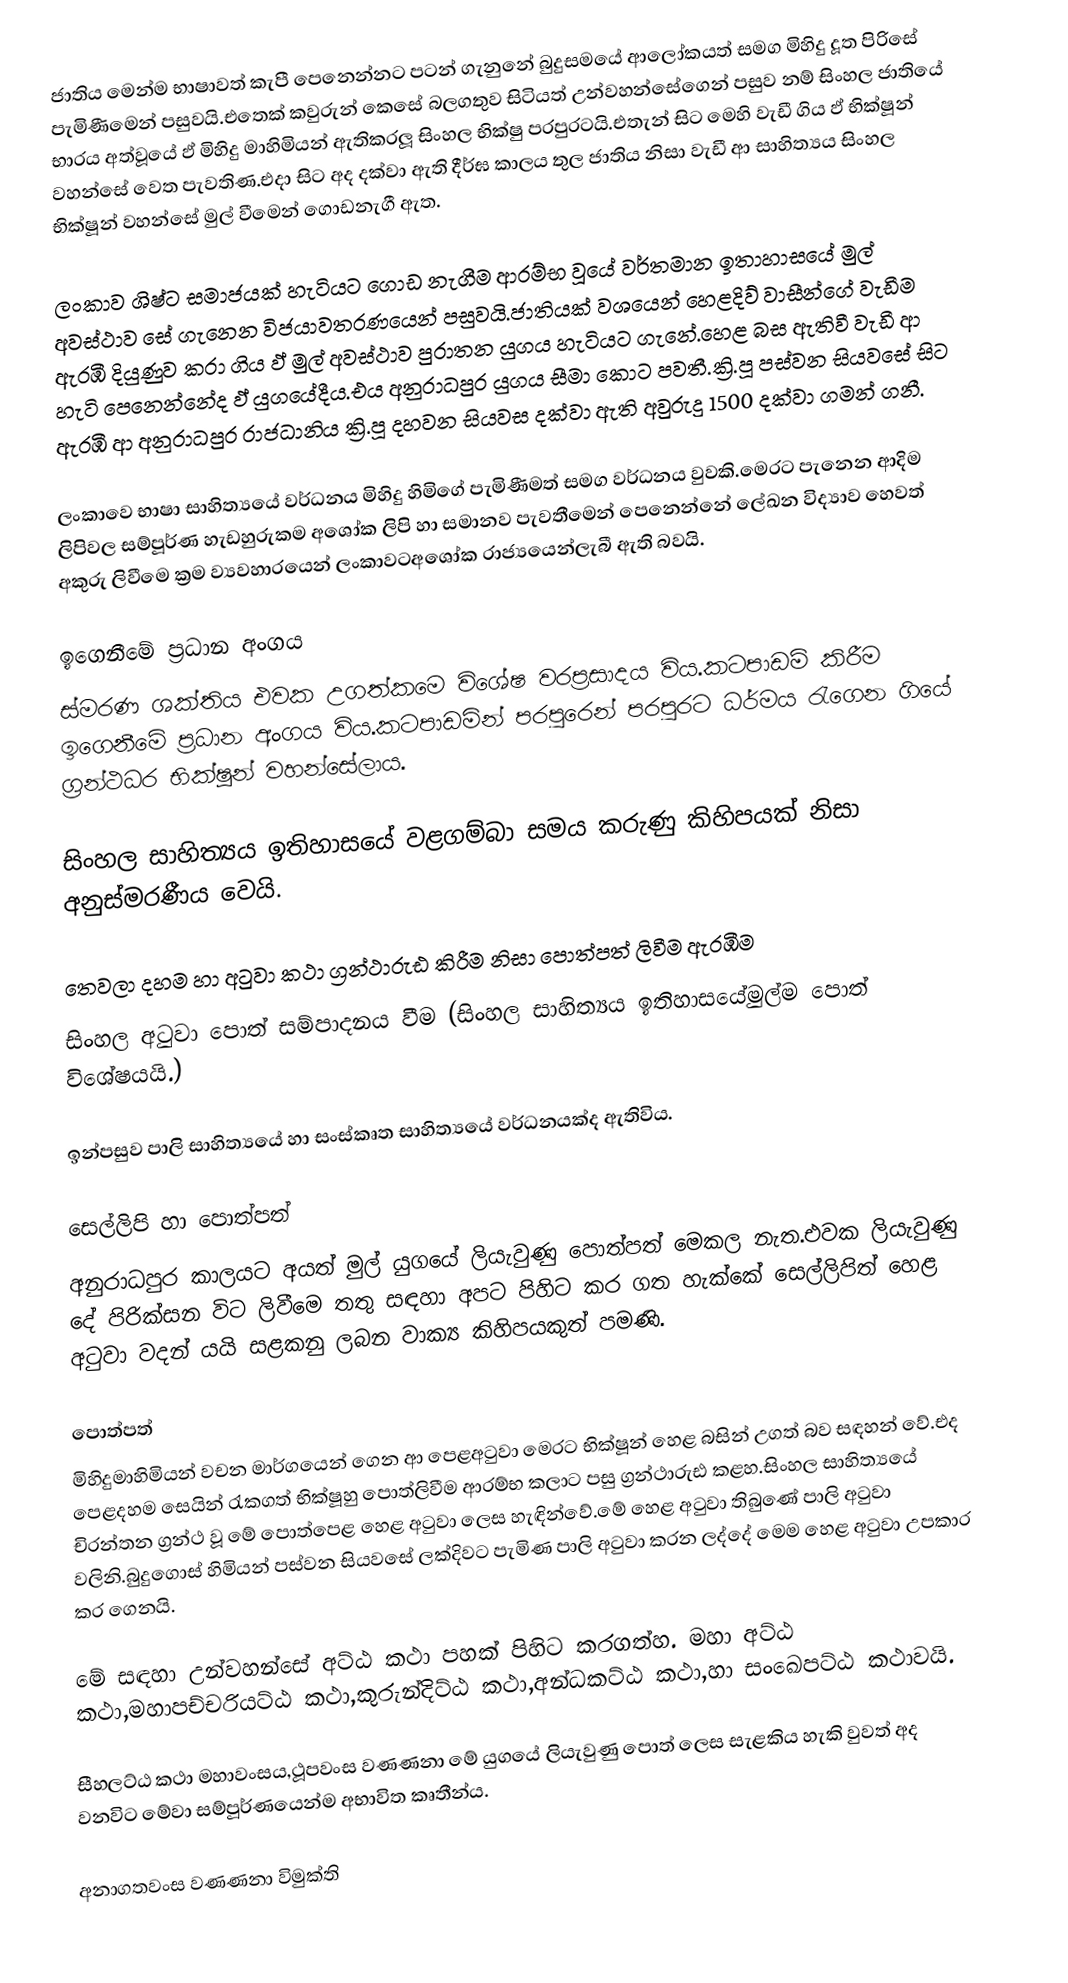
ජාතිය මෙන්ම  භාෂාවත් කැපී ‍පෙනෙන්නට පටන් ගැනුනේ බුදුසමයේ ආලෝකයත් සමග මිහිදු දූත පිරිසේ පැමිණීමෙන් පසුවයි.එ‍තෙක් කවුරුන් කෙසේ බලගතුව සිටියත් උන්වහන්සේගෙන් පසුව නම් සිංහල ජාතියේ භාරය අත්වූයේ ඵ් මිහිදු මාහිමියන් ඇතිකරලූ සිංහල භික්ෂු පරපුරටයි.එතැන් සිට මෙහි වැඩී ගිය ඵ් භික්ෂූන් වහන්සේ වෙත පැවතිණ.එදා සිට අද දක්වා ඇති දීර්ඝ කාලය තුල ජාතිය නිසා වැඩී ආ සාහිත්‍යය සිංහල භික්ෂූන් වහන්සේ මුල් වීමෙන් ගොඩනැගී ඇත.

ලංකාව ශිෂ්ට සමාජයක් හැටියට ගොඩ නැගීම ආරම්භ වූයේ වර්තමාන ඉතාහාසයේ මුල් අවස්ථාව සේ ගැනෙන විජයාවතරණයෙන් පසුවයි.ජාතියක් වශයෙන් හෙළදිව් වාසීන්ගේ වැඩීම ඇරඹී දියුණුව කරා ගිය  ඵ් මුල් අවස්ථාව පුරාතන යුගය හැටියට ගැනේ.හෙළ බස ඇතිවී වැඩී ආ හැටි පෙනෙන්නේද ඵ් යුගයේදීය.එය අනුරාධපුර යුගය සීමා කොට පවතී.ක්‍රි.පූ පස්වන සියවසේ සිට  ඇරඹී ආ  අනුරාධපුර රාජධානිය ක්‍රි.පූ දහවන සියවස දක්වා ඇති අවුරුදු 1500 දක්වා ගමන් ගනී.

ලංකාවෙ භාෂා සාහිත්‍යයේ වර්ධනය මිහිදු හිමිගේ පැමිණීමත් සමග වර්ධනය වුවකි.මෙරට පැනෙන ආදිම ලිපිවල සම්පූර්ණ හැඩහුරුකම අශෝක ලිපි හා සමානව පැවතීමෙන් පෙනෙන්නේ ලේඛන විද්‍යාව හෙවත් අකුරු ලිවීමෙ ක්‍රම ව්‍යවහාරයෙන් ලංකාවටඅශෝක රාජ්‍යයෙන්ලැබී ඇති  බවයි.

ඉගෙනීමේ ප්‍රධාන අංගය
ස්මරණ ශක්තිය එවක උගත්කමෙ විශේෂ වරප්‍රසාදය විය.කටපාඩම් කිරීම  ඉගෙනීමේ ප්‍රධාන අංගය විය.කටපාඩමින් පරපුරෙන් පරපුරට ධර්මය රැගෙන ගියේ ග්‍රන්ථධර භික්ෂූන් වහන්සේලාය.

සිංහල සාහිත්‍යය ඉතිහාසයේ වළගම්බා සමය කරුණු කිහිපයක් නිසා අනුස්මරණීය වෙයි.

තෙවලා දහම හා අටුවා කථා ග්‍රන්ථාරුඪ කිරීම නිසා පොත්පත් ලිවීම ඇරඹීම
සිංහල අටුවා පොත් සම්පාදනය වීම (සිංහල සාහිත්‍යය ඉතිහාසයේමුල්ම පොත් විශේෂයයි.)

ඉන්පසුව පාලි සාහිත්‍යයේ හා සංස්කෘත සාහිත්‍යයේ වර්ධනයක්ද ඇතිවිය.

සෙල්ලිපි හා පොත්පත්
අනුරාධපුර කාලයට අයත් මුල් යුගයේ ලියැවුණු පොත්පත් මෙකල නැත.එවක ලියැවුණු දේ පිරික්සන විට ලිවීමෙ තතු සඳහා අපට පිහිට කර ගත හැක්කේ සෙල්ලිපිත් හෙළ අටුවා වදන් යයි සළකනු ලබන වාක්‍ය කිහිපයකුත් පමණි.

පොත්පත්
මිහිදුමාහිමියන් වචන මාර්ගයෙන් ගෙන ආ පෙළඅටුවා මෙරට භික්ෂූන් හෙළ බසින් උගත් බව සඳහන් වේ.එද පෙළදහම සෙයින් රැකගත් භික්ෂූහු පොත්ලිවීම ආරම්භ කලාට පසු ග්‍රන්ථාරුඪ කළහ.සිංහල සාහිත්‍යයේ චිරන්තන ග්‍රන්ථ වූ මේ පොත්පෙළ හෙළ අටුවා ලෙස හැඳින්වේ.මේ හෙළ අටුවා තිබුණේ පාලි අටුවා වලිනි.බුදුගොස් හිමියන් පස්වන සියවසේ ලක්දිවට පැමිණ පාලි අටුවා කරන ලද්දේ මෙම හෙළ අටුවා උපකාර කර ගෙනයි.

මේ සඳහා උන්වහන්සේ අට්ඨ කථා පහක් පිහිට කරගත්හ. මහා අට්ඨ කථා,මහාපච්චරියට්ඨ කථා,කුරුන්දිට්ඨ කථා,අන්ධකට්ඨ කථා,හා සංඛෙපට්ඨ කථාවයි.

සීහලට්ඨ කථා මහාවංසය,ථූපවංස වණණනා මේ  යුගයේ ලියැවුණු පොත් ලෙස සැළකිය හැකි වුවත් අද වනවිට මේවා සම්පූර්ණයෙන්ම අභාවිත කෘතීන්ය.

අනාගතවංස වණණනා විමුක්ති